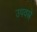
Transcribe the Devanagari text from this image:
उपवस्त्रे